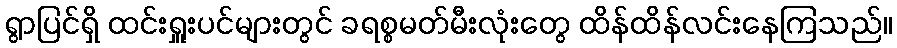
ရွာပြင်ရှိ ထင်းရှူးပင်များတွင် ခရစ္စမတ်မီးလုံးတွေ ထိန်ထိန်လင်းနေကြသည်။